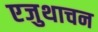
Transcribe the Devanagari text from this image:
एजुथाचन